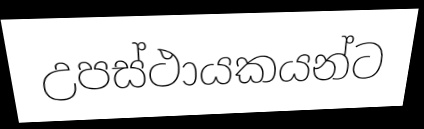
උපස්ථායකයන්ට